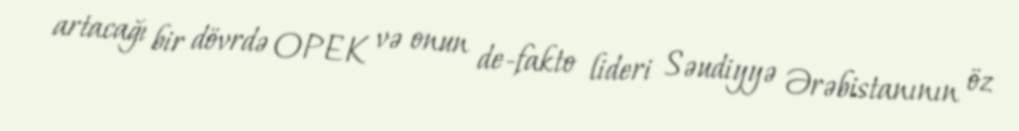
artacağı bir dövrdə OPEK və onun de-fakto lideri Səudiyyə Ərəbistanının öz